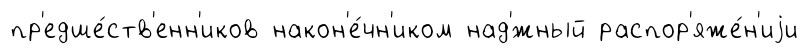
пр'едше́ств'енн'иков након'е́чн'иком над'́жный распор'яже́н'иjи